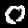
Digit: 0